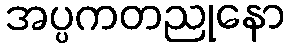
အပ္ပကတညုနော